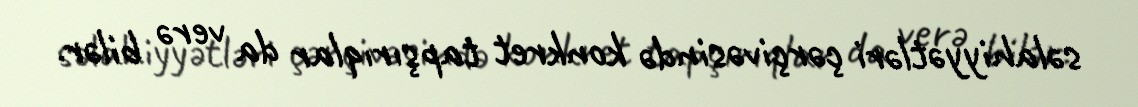
səlahiyyətləri çərçivəsində konkret tapşırıqlar da verə bilər.